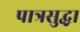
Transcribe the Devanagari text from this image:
पात्रसुद्धा